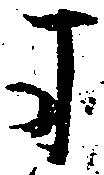
ま